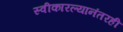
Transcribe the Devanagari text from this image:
स्वीकारल्यानंतरही